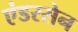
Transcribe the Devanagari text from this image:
एंडरसेन